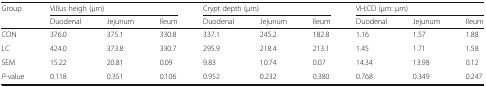
<table><thead><tr><td rowspan="2"><b>Group</b></td><td colspan="3"><b>Villus heigh (μm)</b></td><td colspan="3"><b>Crypt depth (μm)</b></td><td colspan="3"><b>VH:CD (μm: μm)</b></td></tr><tr><td><b>Duodenal</b></td><td><b>Jejunum</b></td><td><b>Ileum</b></td><td><b>Duodenal</b></td><td><b>Jejunum</b></td><td><b>Ileum</b></td><td><b>Duodenal</b></td><td><b>Jejunum</b></td><td><b>Ileum</b></td></tr></thead><tbody><tr><td>CON</td><td>376.0</td><td>375.1</td><td>330.8</td><td>337.1</td><td>245.2</td><td>182.8</td><td>1.16</td><td>1.57</td><td>1.88</td></tr><tr><td>LC</td><td>424.0</td><td>373.8</td><td>330.7</td><td>295.9</td><td>218.4</td><td>213.1</td><td>1.45</td><td>1.71</td><td>1.58</td></tr><tr><td>SEM</td><td>15.22</td><td>20.81</td><td>0.09</td><td>9.83</td><td>10.74</td><td>0.07</td><td>14.34</td><td>13.98</td><td>0.12</td></tr><tr><td><i>P</i>-value</td><td>0.118</td><td>0.351</td><td>0.106</td><td>0.952</td><td>0.232</td><td>0.380</td><td>0.768</td><td>0.349</td><td>0.247</td></tr></tbody></table>